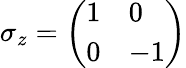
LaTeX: \sigma_{z}={\left(\begin{array}{ll}{1}&{0}\\ {0}&{-1}\end{array}\right)}